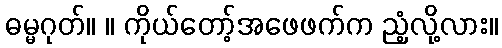
ဓမ္မဂုတ်။ ။ ကိုယ်တော့်အဖေဖက်က ညံ့လို့လား။